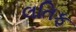
લતિફ